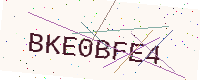
Text: BKE0BFE4